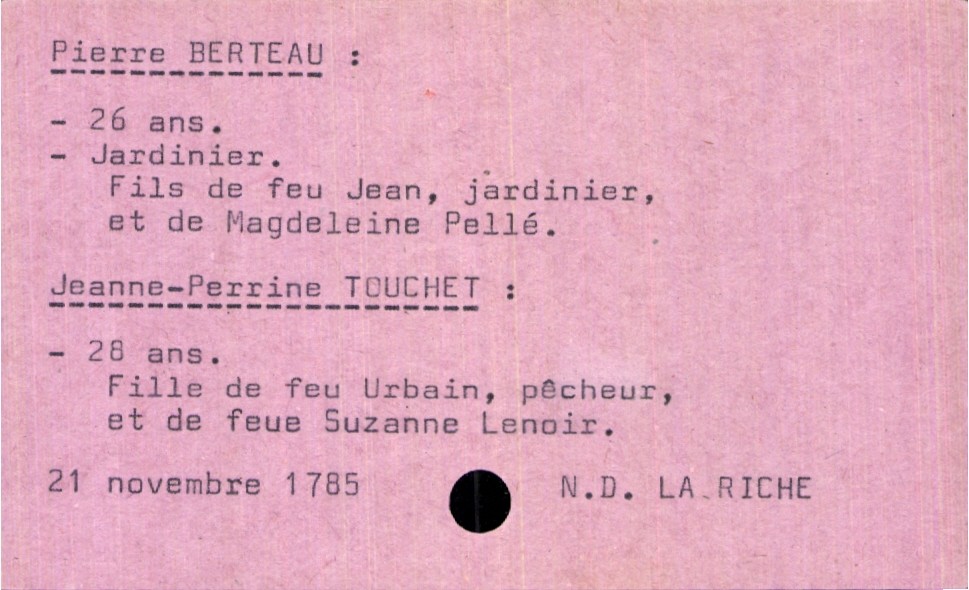
type_acte: Mariage
année: 1785
mois: novembre
jour: 21
paroisse: Notre Dame La Riche
marié_nom: Berteau
marié_prénom: Pierre
marié_âge: 26 ans
marié_profession: jardinier
père_marié_nom: Berteau
père_marié_prénom: Jean
père_marié_profession: jardinier
père_marié_statut: décédé
mère_marié_nom: Pellé
mère_marié_prénom: Magdeleine
mariée_nom: Touchet
mariée_prénom: Jeanne-Perrine
mariée_âge: 28 ans
père_mariée_nom: Touchet
père_mariée_prénom: Urbain
père_mariée_profession: pêcheur
père_mariée_statut: décédé
mère_mariée_nom: Lenoir
mère_mariée_prénom: Suzanne
mère_mariée_statut: décédée